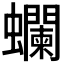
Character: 𧕗